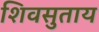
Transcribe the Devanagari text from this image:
शिवसुताय